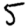
Digit: 5